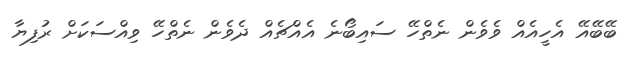
ބޭބޭއޭ އެހީއެއް ވެވެން ނެތްހޭ ސައިބޯނެ އެއްޗެއް ދެވެން ނެތްހޭ ވިއްސަކަށް ރުފިޔާ